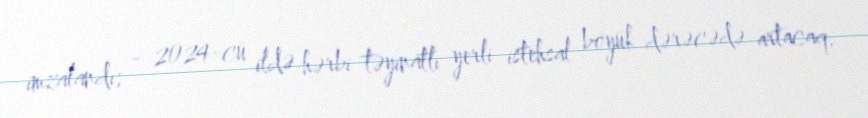
imzalandı; - 2024-cü ildə hərbi təyinatlı yerli istehsal böyük dərəcədə artacaq.